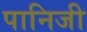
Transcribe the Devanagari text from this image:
पानिजी